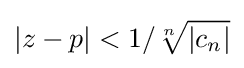
|z-p|<1/{\sqrt[{n}]{|c_{n}|}}